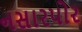
નસારપોર